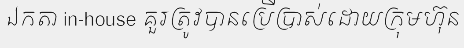
ឯកតា in-house គួរត្រូវបានប្រើប្រាស់ដោយក្រុមហ៊ុន